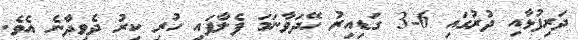
ދަރިފުޅާއި ދުރުގައި 6-3 ގަޑިއިރު ހޭދަވާނަމަ ފެލާފައި ހުރި ކިރު ދެވިދާނެ އެވެ.